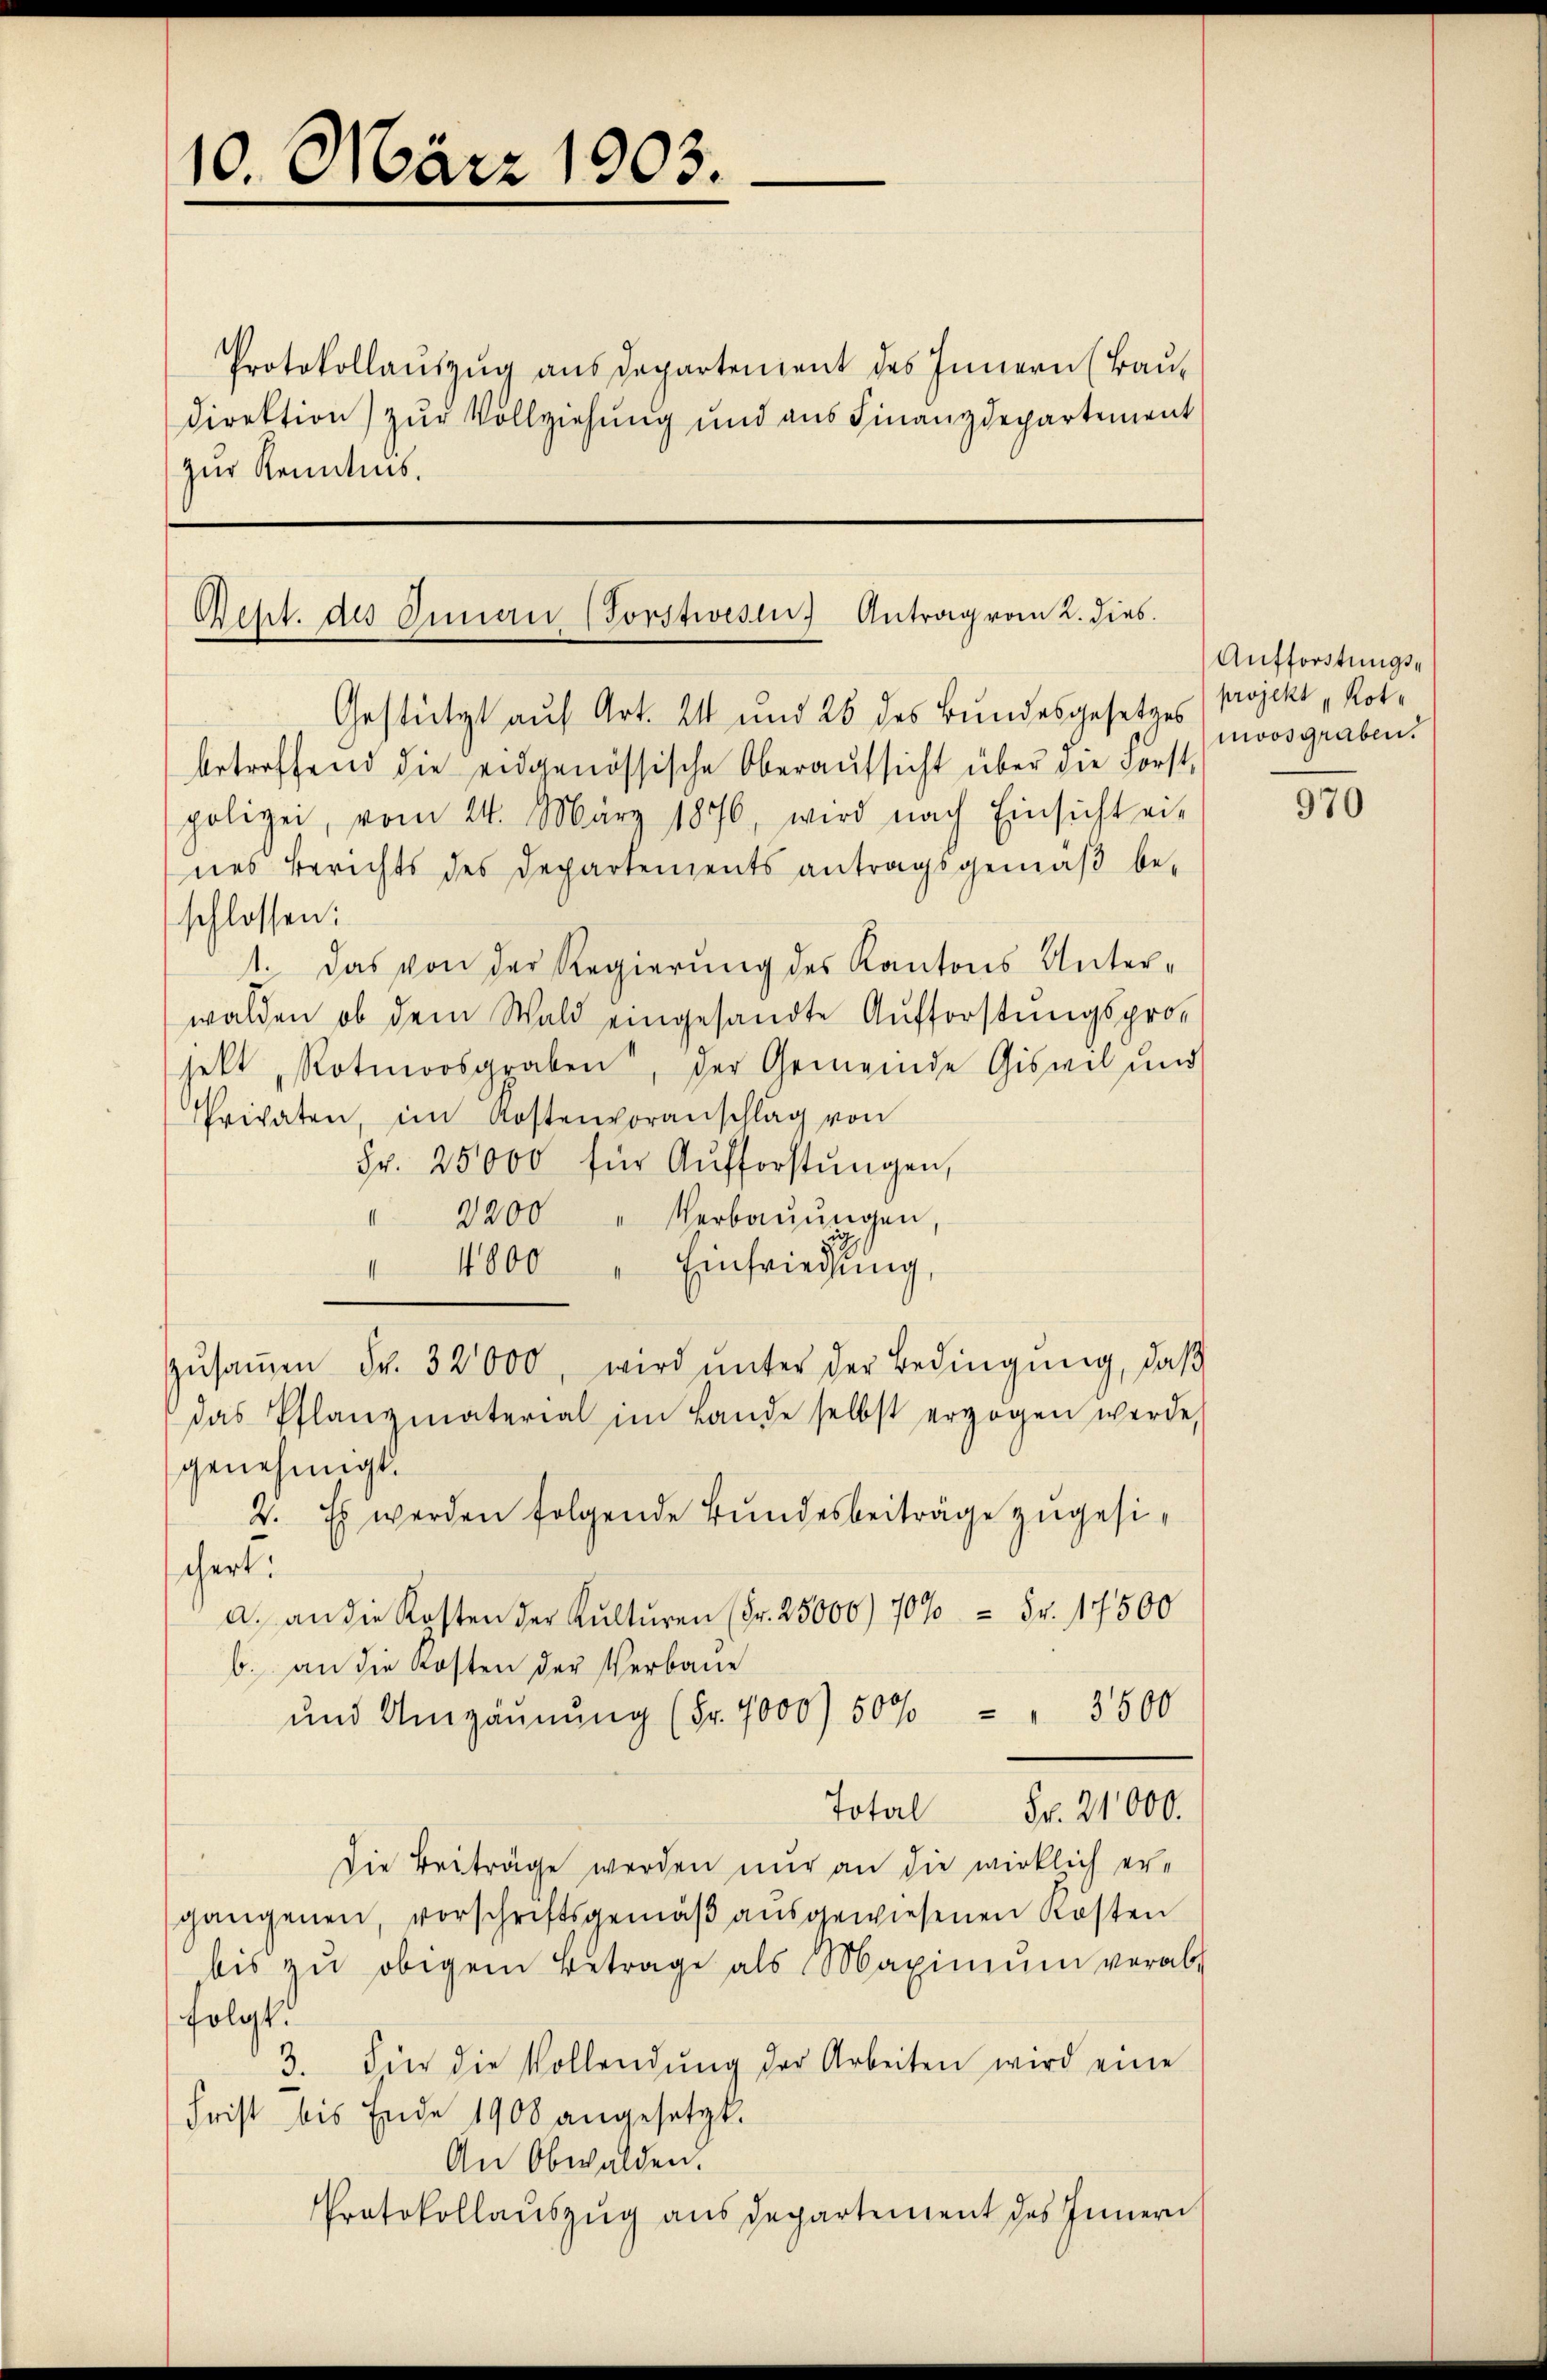
10. März 1903.

Protokollauszug aus Departement des Innern (Bau¬
Direktion) zur Vollziehung und aus Finanzdepartement
zur Kenntnis.

Reht. des Innern (Forstwesen Antrag vom 2. dies

betreffend die eidgenössische Oberaŭfsicht über die Forst-
polizei, vom 24. März 1876, wird nach Einsicht ei-
nes Berichts des Departements antragsgemäß be-

Gestützt auf Art. 24 und 26 des Bundesgesetzes (projekt, Rotschlossen:
1. Das von der Regierung des Kantons Unter-
walden, ob dem Wald eingesandte Aufforstungspro-
jekt, Rotmoosgraben, der Gemeinde Giseit und
Privaten, im Kostenvoranschlag von
Fr. 25000 für Aŭfforstŭngen,
2200 " Verbaŭŭngen,
4800
Einfriedung,
.
wird unter der Bedingung, daß
zusammen Fr. 32000
das Pflanzmaterial im Lande selbst erzogen werde,
genehmigt.
2. Es werden folgende Bundesbeiträge zugesichert.
a. an die Kosten der Kulturen (Fr. 25000/70% = Fr. 17500
b. an die Kosten der Verbaue
und Umzäŭnŭng (Fr. 4000) 500 - 3500
Total
Fr. 21000.
Die Beiträge werden nur an die wirklich ergangenen, vorschriftsgemäß ausgewiesenen Kosten
bis zŭ obigem Betrage als Maximŭm verab
folgt.
3. Für die Vollendŭng der Arbeiten wird eine
Frist bis Ende 1908 angesetzt.
An Obwalden.
Protokollauszug aus Departement des Innern

Aufforstungsmoosgraben.

970